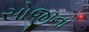
સોજીનો